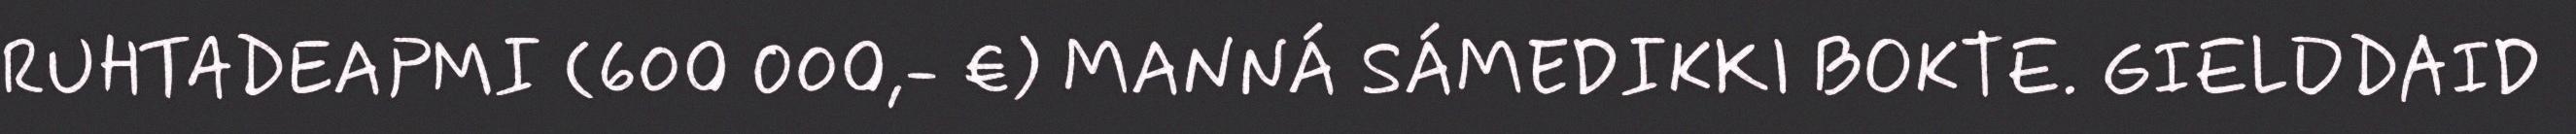
RUHTADEAPMI (600 000,- €) MANNÁ SÁMEDIKKI BOKTE. GIELDDAID